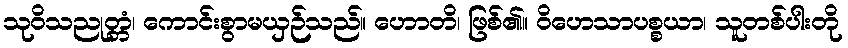
သုဝိသညုတ္တံ၊ ကောင်းစွာမယှဉ်သည်။ ဟောတိ၊ ဖြစ်၏။ ဝိဟေသာပစ္စယာ၊ သူတစ်ပါးတို